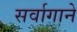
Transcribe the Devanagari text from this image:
सर्वागाने